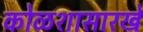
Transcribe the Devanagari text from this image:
कोळशासारखे